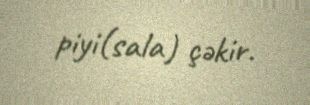
piyi(sala) çəkir.